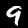
Digit: 9